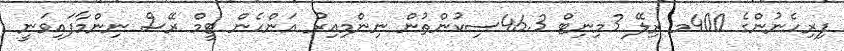
ފިރިހެނުންގެ 400މ ރިލޭ 3މިނިޓް 46.3ސިކުންތުން ނިންމިއިރު އަންހެން ޓީމް ރޭސް ނިންމާފައިވަނީ